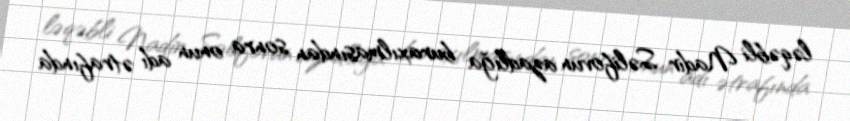
ləqəbli Nadir Səlifovun azadlığa buraxılmasından sonra onun adı ətrafında